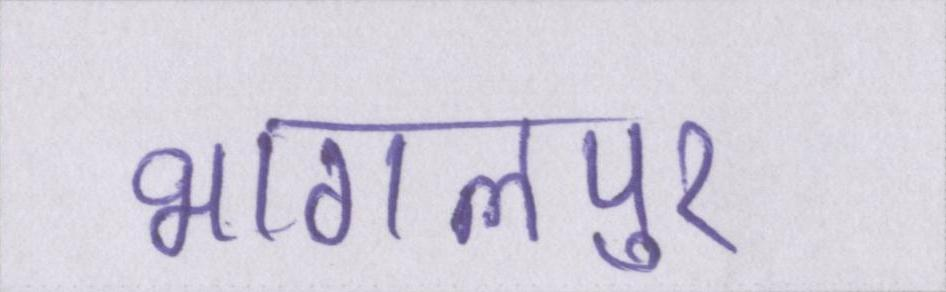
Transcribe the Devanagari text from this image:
भागलपुर